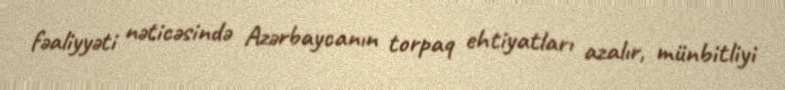
fəaliyyəti nəticəsində Azərbaycanın torpaq ehtiyatları azalır, münbitliyi